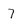
Character: 7